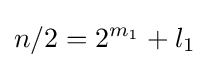
n/2=2^{m_{1}}+l_{1}